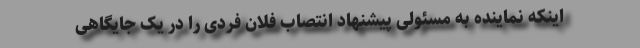
اینکه نماینده به مسئولی پیشنهاد انتصاب فلان فردی را در یک جایگاهی